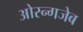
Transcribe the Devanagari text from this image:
ओरन्गजेब